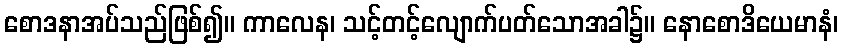
စောဒနာအပ်သည်ဖြစ်၍။ ကာလေန၊ သင့်တင့်လျောက်ပတ်သောအခါ၌။ နောစောဒိယေမာနံ၊